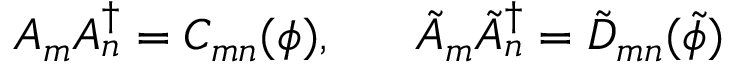
A _ { m } A _ { n } ^ { \dagger } = C _ { m n } ( \phi ) , \; \; \; \; \; \; \tilde { A } _ { m } \tilde { A } _ { n } ^ { \dagger } = \tilde { D } _ { m n } ( \tilde { \phi } )